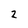
Character: 2